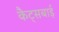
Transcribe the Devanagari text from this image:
कैट्सबाई